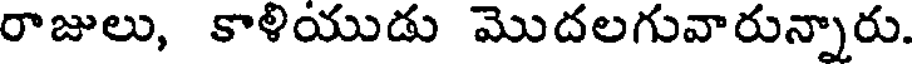
రాజులు, కాళియుడు మొదలగువారున్నారు.